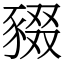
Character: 䝌